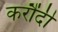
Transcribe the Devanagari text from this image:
करौंदी